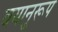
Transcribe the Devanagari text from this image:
वयानुरूप